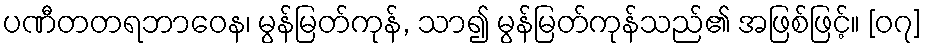
ပဏီတတရဘာဝေန၊ မွန်မြတ်ကုန်, သာ၍ မွန်မြတ်ကုန်သည်၏ အဖြစ်ဖြင့်။ [၀၇]